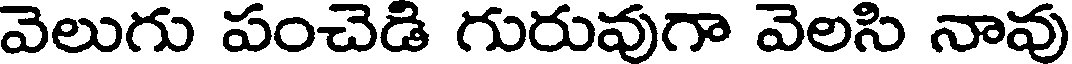
వెలుగు పంచెడి గురువుగా వెలసి నావు